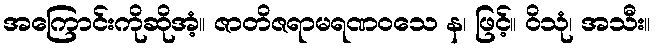
အကြောင်းကိုဆိုအံ့။ ဇာတိဇရာမရဏဝသေ န၊ ဖြင့်။ ဝိသုံ၊ အသီး။